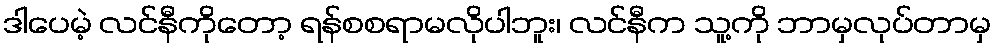
ဒါပေမဲ့ လင်နီကိုတော့ ရန်စစရာမလိုပါဘူး၊ လင်နီက သူ့ကို ဘာမှလုပ်တာမှ